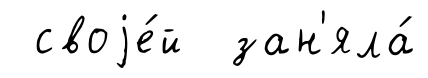
своjе́й зан'яла́